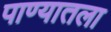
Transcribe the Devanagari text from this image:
पाण्यातला